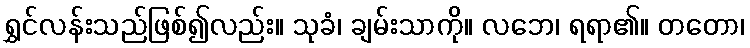
ရွှင်လန်းသည်ဖြစ်၍လည်း။ သုခံ၊ ချမ်းသာကို။ လဘေ၊ ရရာ၏။ တတော၊